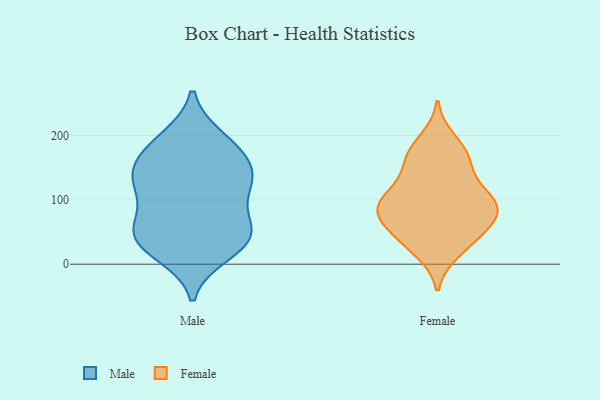
{"axis": {"x": "Tickets Resolved", "y": "Value"}, "legend": ["Female", "Male"], "data": [{"x": "", "y": 32, "type": "Male"}, {"x": "", "y": 189, "type": "Male"}, {"x": "", "y": 53, "type": "Male"}, {"x": "", "y": 17, "type": "Male"}, {"x": "", "y": 124, "type": "Male"}, {"x": "", "y": 195, "type": "Male"}, {"x": "", "y": 131, "type": "Male"}, {"x": "", "y": 108, "type": "Male"}, {"x": "", "y": 47, "type": "Male"}, {"x": "", "y": 174, "type": "Male"}, {"x": "", "y": 157, "type": "Male"}, {"x": "", "y": 68, "type": "Male"}, {"x": "", "y": 32, "type": "Male"}, {"x": "", "y": 127, "type": "Male"}, {"x": "", "y": 51, "type": "Male"}, {"x": "", "y": 144, "type": "Male"}, {"x": "", "y": 113, "type": "Female"}, {"x": "", "y": 42, "type": "Female"}, {"x": "", "y": 104, "type": "Female"}, {"x": "", "y": 168, "type": "Female"}, {"x": "", "y": 167, "type": "Female"}, {"x": "", "y": 193, "type": "Female"}, {"x": "", "y": 79, "type": "Female"}, {"x": "", "y": 77, "type": "Female"}, {"x": "", "y": 20, "type": "Female"}, {"x": "", "y": 140, "type": "Female"}, {"x": "", "y": 29, "type": "Female"}, {"x": "", "y": 103, "type": "Female"}, {"x": "", "y": 79, "type": "Female"}, {"x": "", "y": 166, "type": "Female"}, {"x": "", "y": 50, "type": "Female"}, {"x": "", "y": 67, "type": "Female"}, {"x": "", "y": 89, "type": "Female"}, {"x": "", "y": 95, "type": "Female"}]}